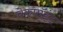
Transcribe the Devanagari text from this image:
चेकपॉइंट